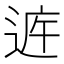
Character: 𲅝